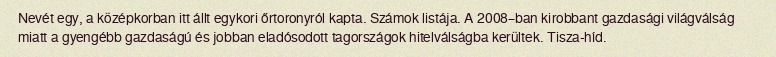
Nevét egy, a középkorban itt állt egykori őrtoronyról kapta. Számok listája. A 2008–ban kirobbant gazdasági világválság miatt a gyengébb gazdaságú és jobban eladósodott tagországok hitelválságba kerültek. Tisza-híd.